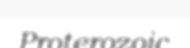
Proterozoic